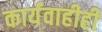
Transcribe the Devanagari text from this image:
कार्यवाहीही